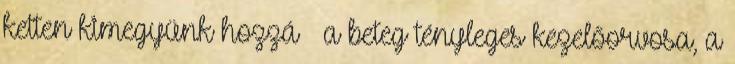
ketten kimegyünk hozzá – a beteg tényleges kezelőorvosa, a